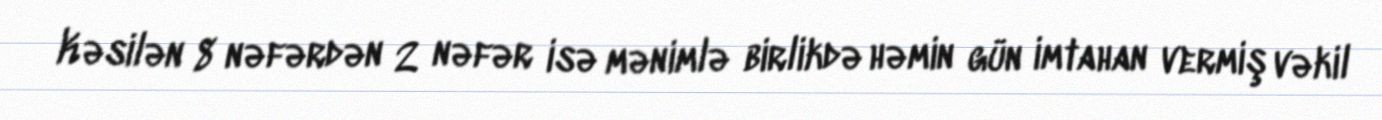
Kəsilən 8 nəfərdən 2 nəfər isə mənimlə birlikdə həmin gün imtahan vermiş vəkil